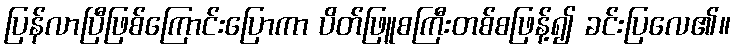
ပြန်လာပြီဖြစ်ကြောင်းပြောကာ ပိတ်ဖြူစကြီးတစ်စဖြန့်၍ ခင်းပြလေ၏။